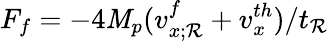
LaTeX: F_{f}=-4\mathit{M}_{p}(v_{x;\mathcal{R}}^{f}+v_{x}^{th})/t_{\mathcal{R}}